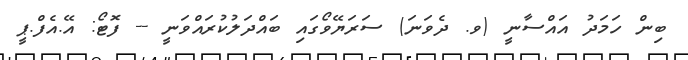
ބިން ހަމަދު އައްސާނީ (ވ. ދެވަނަ) ސަރަޔޭވޯގައި ބައްދަލުކުރައްވަނީ -- ފޮޓޯ: އޭ.އެފް.ޕީ